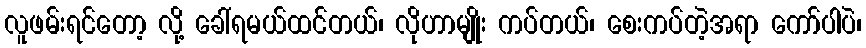
လူဖမ်းရင်တော့ လို့ ခေါ်ရမယ်ထင်တယ်၊ လိုဟာမျိုး ကပ်တယ်၊ စေးကပ်တဲ့အရာ ကော်ပါပဲ၊